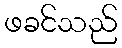
ဖခင်သည်